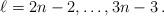
LaTeX: \begin{align*}\ell=2n-2, \ldots, 3n-3\, .\end{align*}